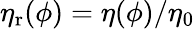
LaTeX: \eta_{\mathrm{r}}(\phi)=\eta(\phi)/\eta_{0}